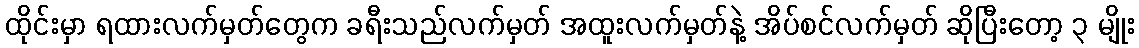
ထိုင်းမှာ ရထားလက်မှတ်တွေက ခရီးသည်လက်မှတ် အထူးလက်မှတ်နဲ့ အိပ်စင်လက်မှတ် ဆိုပြီးတော့ ၃ မျိုး